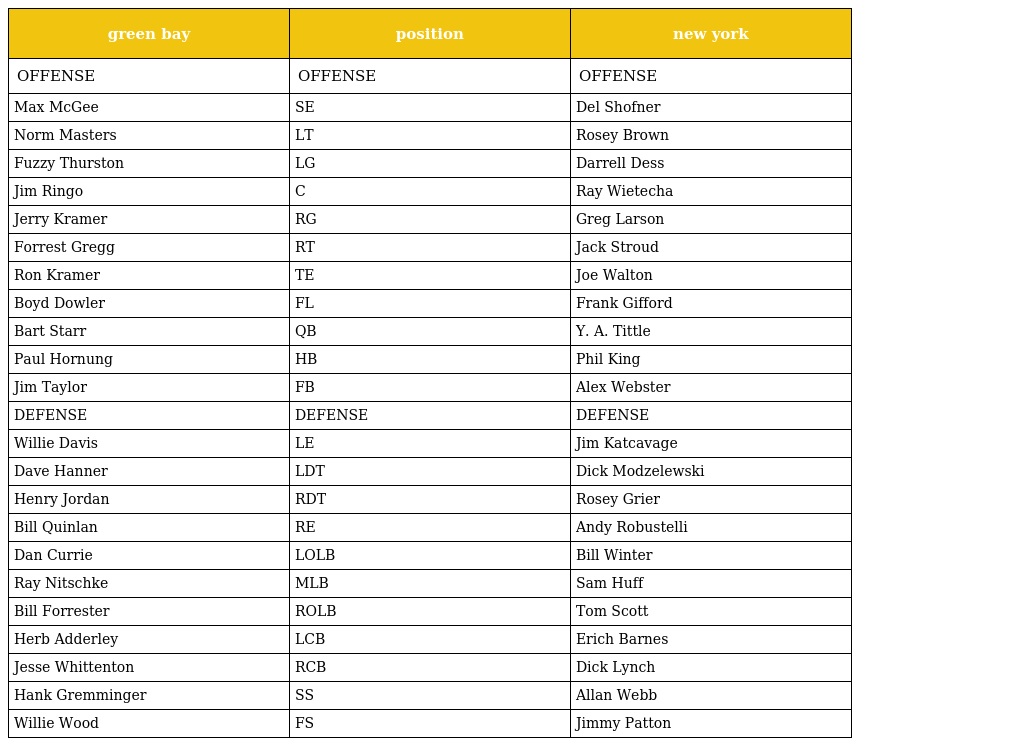
| green bay | position | new york |
 | --- | --- | --- |
 | OFFENSE | OFFENSE | OFFENSE |
 | Max McGee | SE | Del Shofner |
 | Norm Masters | LT | Rosey Brown |
 | Fuzzy Thurston | LG | Darrell Dess |
 | Jim Ringo | C | Ray Wietecha |
 | Jerry Kramer | RG | Greg Larson |
 | Forrest Gregg | RT | Jack Stroud |
 | Ron Kramer | TE | Joe Walton |
 | Boyd Dowler | FL | Frank Gifford |
 | Bart Starr | QB | Y. A. Tittle |
 | Paul Hornung | HB | Phil King |
 | Jim Taylor | FB | Alex Webster |
 | DEFENSE | DEFENSE | DEFENSE |
 | Willie Davis | LE | Jim Katcavage |
 | Dave Hanner | LDT | Dick Modzelewski |
 | Henry Jordan | RDT | Rosey Grier |
 | Bill Quinlan | RE | Andy Robustelli |
 | Dan Currie | LOLB | Bill Winter |
 | Ray Nitschke | MLB | Sam Huff |
 | Bill Forrester | ROLB | Tom Scott |
 | Herb Adderley | LCB | Erich Barnes |
 | Jesse Whittenton | RCB | Dick Lynch |
 | Hank Gremminger | SS | Allan Webb |
 | Willie Wood | FS | Jimmy Patton |